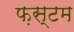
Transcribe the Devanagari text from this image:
फ़स्टम